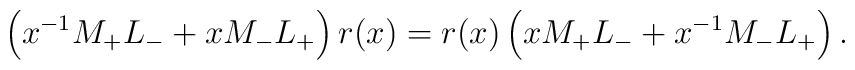
\left(x^{-1} M_+L_-+xM_-L_+\right)r(x)		=        r(x)\left(xM_+L_-+ x^{-1} M_-L_+\right).